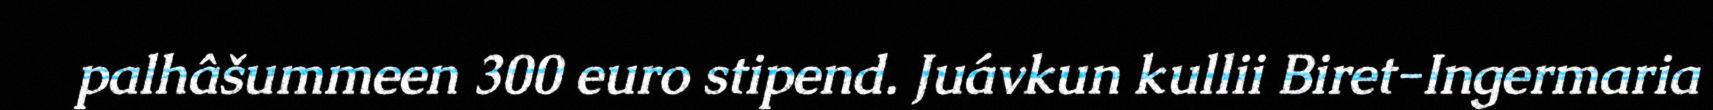
palhâšummeen 300 euro stipend. Juávkun kullii Biret-Ingermaria